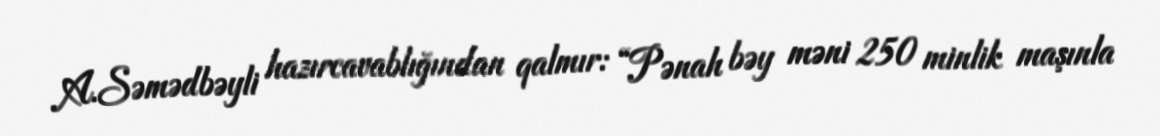
A.Səmədbəyli hazırcavablığından qalmır: “Pənah bəy məni 250 minlik maşınla